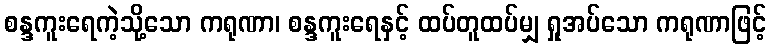
စန္ဒကူးရေကဲ့သို့သော ကရုဏာ၊ စန္ဒကူးရေနှင့် ထပ်တူထပ်မျှ ရှုအပ်သော ကရုဏာဖြင့်